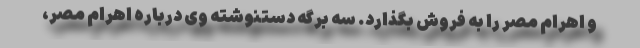
و اهرام مصر را به فروش بگذارد. سه برگه دستنوشته وی درباره اهرام مصر،